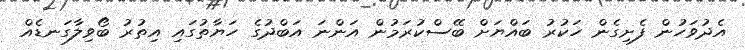
އެދުވަހުން ފެށިގެން ހަކުރު ބައްޔަށް ބޭސްކުރަމުން އަންނަ އަބްދުގެ ހަޔާތުގައި އިތުރު ބޯވިލާގަނޑެއް